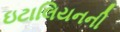
ઇટાલિયનની